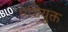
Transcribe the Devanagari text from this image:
पेशियुक्त